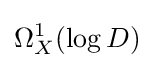
\Omega _{X}^{1}(\log D)